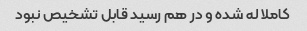
کاملا له شده و در هم رسید قابل تشخیص نبود